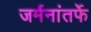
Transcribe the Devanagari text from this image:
जर्मनांतर्फे